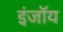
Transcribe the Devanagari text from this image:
इंजॉय